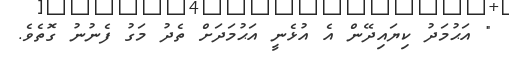
" އަޙުމަދު ކިޔައިދޭން އެ އުޅެނީ އަޙުމަދަށް ތެދު މަގު ފެނުނު ގޮތެވެ.